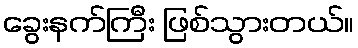
ခွေးနက်ကြီး ဖြစ်သွားတယ်။